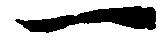
一